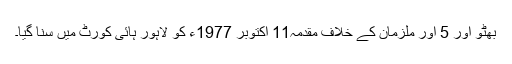
بھٹو اور 5 اور ملزمان کے خلاف مقدمہ11 اکتوبر 1977ء کو لاہور ہائی کورٹ میں سنا گیا۔